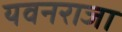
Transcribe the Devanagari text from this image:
यवनराजा